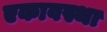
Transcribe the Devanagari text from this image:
एकावस्था